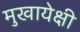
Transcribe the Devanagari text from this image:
मुखायेक्षी